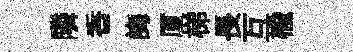
隣香誨厦梯長互楡